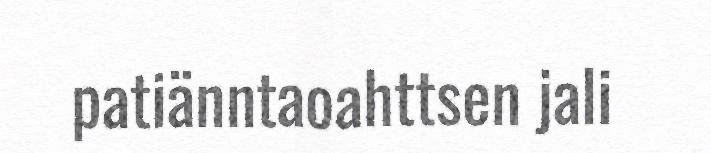
patiänntaoahttsen jali